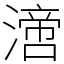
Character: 𣾪